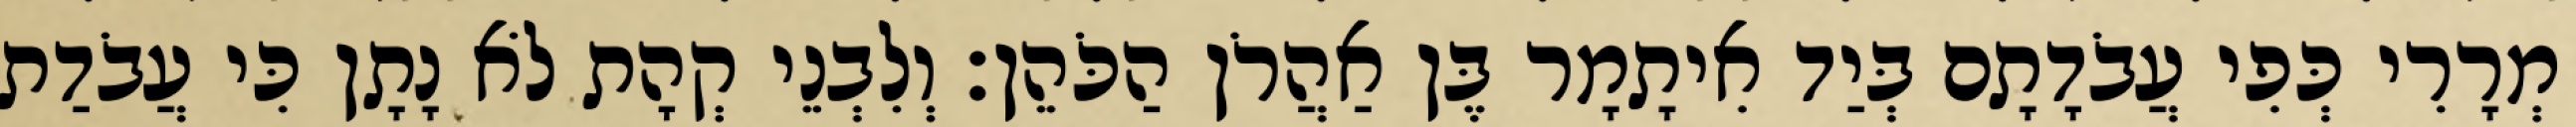
מְרָרִי כְּפִי עֲבֹדָתָם בְּיַד אִיתָמָר בֶּן אַהֲרֹן הַכֹּהֵן׃ וְלִבְנֵי קְהָת לֹא נָתָן כִּי עֲבֹדַת